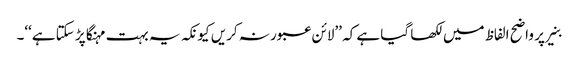
بنیر پر واضح الفاظ میں لکھا گیا ہے کہ ’’لائن عبور نہ کریں کیونکہ یہ بہت مہنگا پڑ سکتا ہے‘‘۔